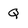
Character: Q